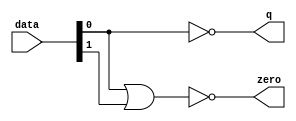
module  acl_fp_sub_double_altpriority_encoder_nh8
	( 
	data,
	q,
	zero) ;
	input   [1:0]  data;
	output   [0:0]  q;
	output   zero;
	assign
		q = {(~ data[0])},
		zero = (~ (data[0] | data[1]));
endmodule